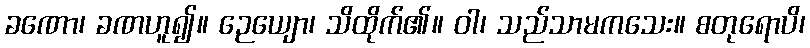
ခဏော၊ ခဏဟူ၍။ ဉေယျော၊ သိထိုက်၏။ ဝါ၊ သည်သာမကသေး။ စတုရောပိ၊